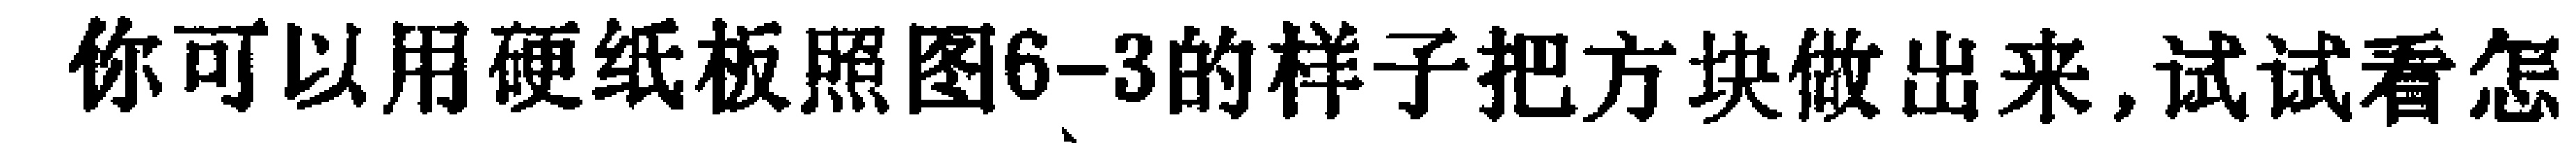
你可以用硬纸板照图6-3的样子把方块做出来,试试看怎